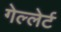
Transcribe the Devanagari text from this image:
गेल्लेर्ट